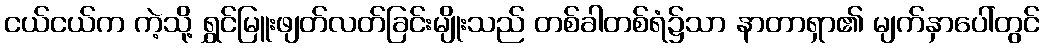
ငယ်ငယ်က ကဲ့သို့ ရွှင်မြူးဖျတ်လတ်ခြင်းမျိုးသည် တစ်ခါတစ်ရံ၌သာ နာတာရှာ၏ မျက်နှာပေါ်တွင်